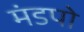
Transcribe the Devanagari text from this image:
मंडपो